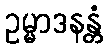
ဥမ္မာဒနန္တံ